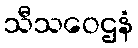
သီသဝေဌနံ